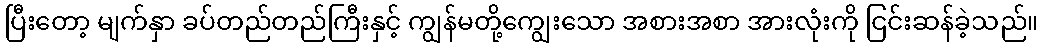
ပြီးတော့ မျက်နှာ ခပ်တည်တည်ကြီးနှင့် ကျွန်မတို့ကျွေးသော အစားအစာ အားလုံးကို ငြင်းဆန်ခဲ့သည်။